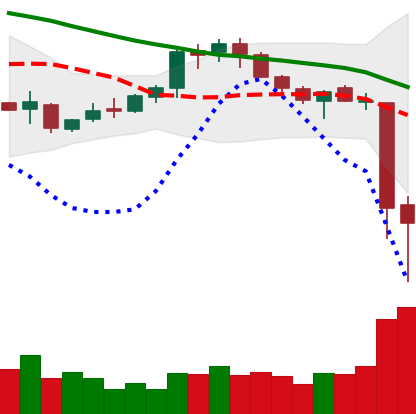
Ticker: XMR-USD
Chart end date: 2018-11-15
Forward return: -25.021%
Label: down_7plus